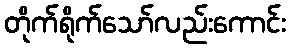
တိုက်ရိုက်သော်လည်းကောင်း